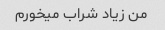
من زیاد شراب میخورم